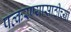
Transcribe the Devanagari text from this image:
पत्करण्यासाठीच्या